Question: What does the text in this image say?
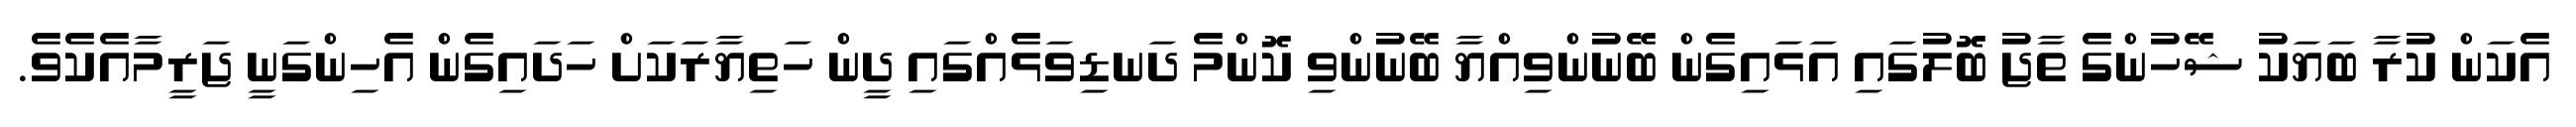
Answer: އެކަން ކުރާ ބަޔަކު ޝޭހުންގެ ތާޖު ބޮލުގައި އަޅައިގެން ބޭނުންވިއްޔާ ބޭނުންވި ކޮންމެ ދަނޑިވަޅެއްގައި ދީން ހަތިޔާރަކަށް ހަދައިގެން އެހިންގަނީ ޖަރީމާއެކެވެ.